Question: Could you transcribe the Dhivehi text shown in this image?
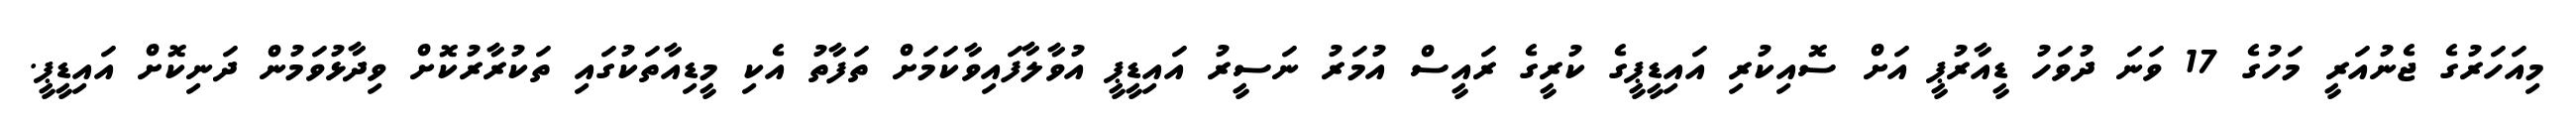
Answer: މިއަހަރުގެ ޖެނުއަރީ މަހުގެ 17 ވަނަ ދުވަހު ޑީއާރުޕީ އަށް ސޮއިކުރި އައިޑީޕީގެ ކުރީގެ ރައީސް އުމަރު ނަސީރު އައިޑީޕީ އުވާލާފައިވާކަމަށް ތަފާތު އެކި މީޑިއާތަކުގައި ތަކުރާރުކޮށް ވިދާޅުވަމުން ދަނިކޮށް އައިޑީޕީ.